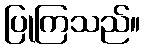
ပြုကြသည်။